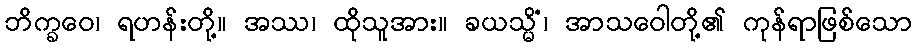
ဘိက္ခဝေ၊ ရဟန်းတို့။ အဿ၊ ထိုသူအား။ ခယသ္မိံ၊ အာသဝေါတို့၏ ကုန်ရာဖြစ်သော